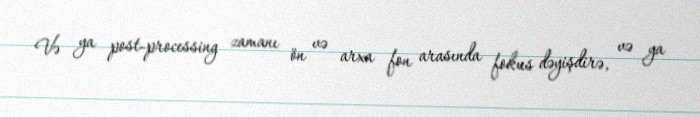
Və ya post-processing zamanı ön və arxa fon arasında fokus dəyişdirə, və ya